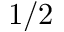
1 / 2